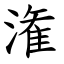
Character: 潅